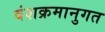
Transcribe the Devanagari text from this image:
वंशक्रमानुगत